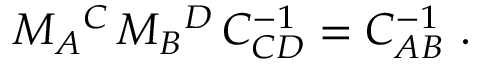
M _ { A } { } ^ { C } \, M _ { B } { } ^ { D } \, C _ { C D } ^ { - 1 } = C _ { A B } ^ { - 1 } \ .